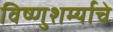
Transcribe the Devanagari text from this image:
विष्णुशर्म्याचे